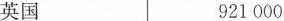
英国921000